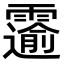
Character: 𫕲